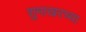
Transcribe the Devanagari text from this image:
शुमाखरच्या